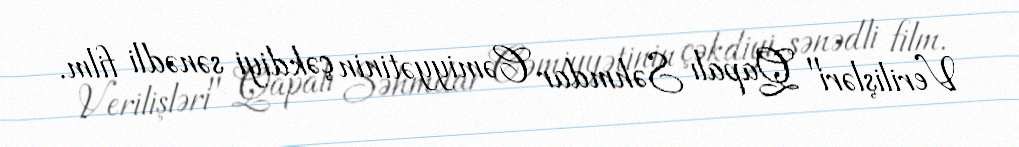
Verilişləri" Qapalı Səhmdar Cəmiyyətinin çəkdiyi sənədli film.